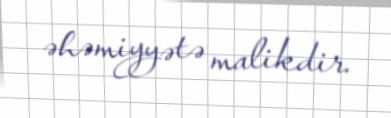
əhəmiyyətə malikdir.